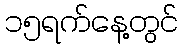
၁၅ရက်နေ့တွင်